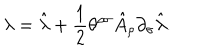
LaTeX: \lambda = \hat { \lambda } + \frac { 1 } { 2 } \theta ^ { \rho \sigma } \hat { A } _ { \rho } \partial _ { \sigma } \hat { \lambda } .